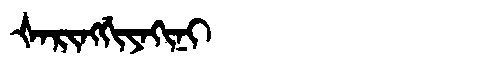
Manchu: ᡧᠠᡵᡳᠩᡤᡳᠶᠠᡴᡳᠨᡳ
Romanization: ŠARINGGIYAKINI